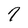
Character: 7